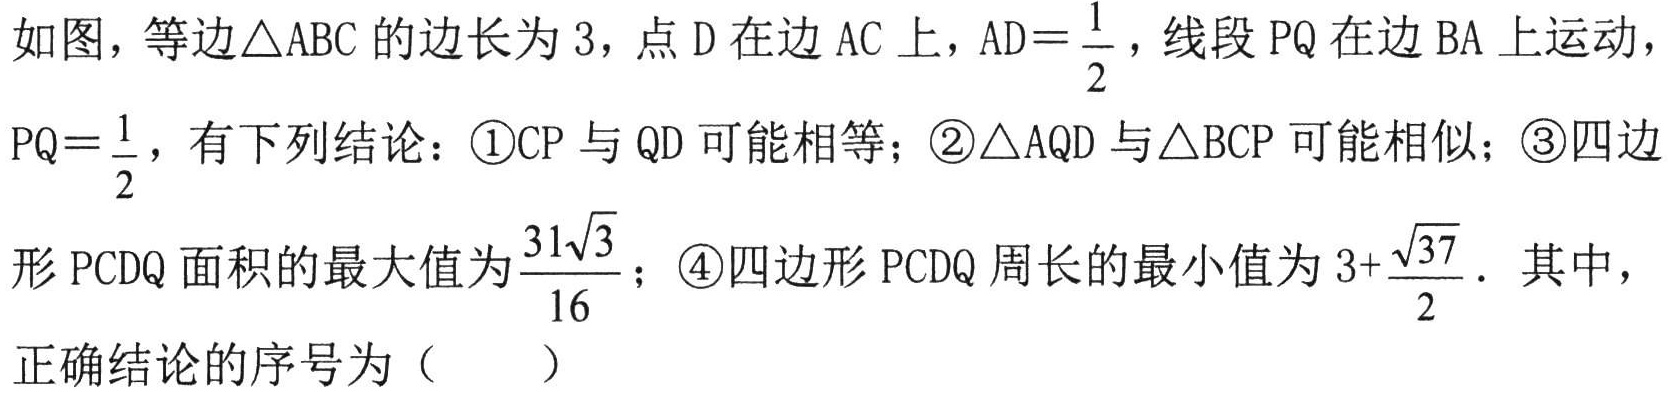
如图，等边\(\triangle ABC\)的边长为\(3\)，点\(D\)在边\(AC\)上，\(AD = \dfrac{1}{2}\)，线段\(PQ\)在边\(BA\)上运动，
\(PQ = \dfrac{1}{2}\)，有下列结论：\textcircled{1}\(CP\)与\(QD\)可能相等；\textcircled{2}\(\triangle AQD\)与\(\triangle BCP\)可能相似；\textcircled{3}四边
形\(PCDQ\)面积的最大值为\(\dfrac{31\sqrt{3}}{16}\)；\textcircled{4}四边形\(PCDQ\)周长的最小值为\(3 + \dfrac{\sqrt{37}}{2}\)．其中，
正确结论的序号为（  ）